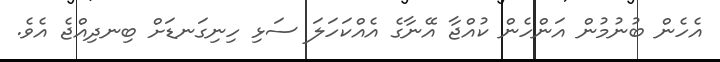
އެހެން ބުނުމުން އަންހެން ކުއްޖާ އޭނާގެ އެއްކަހަލަ ސަޅި ހިނިގަނޑަށް ބިނދިއްޖެ އެވެ.